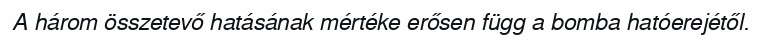
A három összetevő hatásának mértéke erősen függ a bomba hatóerejétől.